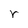
Character: r